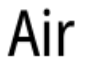
Air